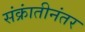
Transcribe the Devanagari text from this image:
संक्रांतीनंतर